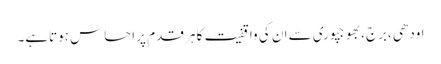
اودھی ،برج،بھوجپوری سے ان کی واقفیت کا ہر قدم پر احساس ہوتاہے۔